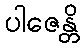
ပါဇေန္တိ